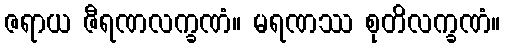
ဇရာယ ဇီရဏလက္ခဏံ။ မရဏဿ စုတိလက္ခဏံ။